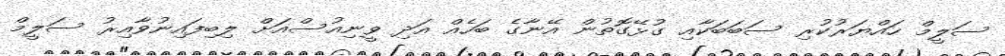
ސަލީމް ހައްޔަރުކުރި ސަބަބަކާއި ގުޅޭގޮތުން އޭނާގެ ބަހެއް އަދި ވީނިއުސްއަށް ލިބިފައިނުވާއިރު ސަލީމް